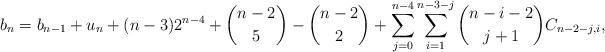
LaTeX: \begin{align*}b_n=b_{n-1}+u_n+(n-3)2^{n-4}+\binom{n-2}{5}-\binom{n-2}{2}+\sum_{j=0}^{n-4}\sum_{i=1}^{n-3-j}\binom{n-i-2}{j+1}C_{n-2-j,i},\end{align*}